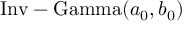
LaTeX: { \mathrm { I n v - G a m m a } } ( a _ { 0 } , b _ { 0 } )